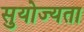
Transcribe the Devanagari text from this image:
सुयोज्यता